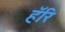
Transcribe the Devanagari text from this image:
हॅरि